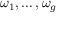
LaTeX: \omega _ { 1 } , \ldots , \omega _ { g }